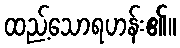
ထည့်သောရဟန်း၏။